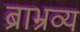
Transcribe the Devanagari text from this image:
ब्राभ्रव्य